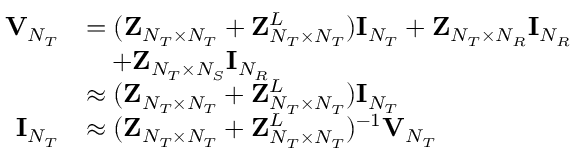
\begin{array} { r l } { { \bf { V } } _ { N _ { T } } } & { = ( { \bf { Z } } _ { N _ { T } \times N _ { T } } + { \bf { Z } } _ { N _ { T } \times N _ { T } } ^ { L } ) { \bf { I } } _ { N _ { T } } + { \bf { Z } } _ { N _ { T } \times N _ { R } } { \bf { I } } _ { N _ { R } } } \\ & { \quad + { \bf { Z } } _ { N _ { T } \times N _ { S } } { \bf { I } } _ { N _ { R } } } \\ & { \approx ( { \bf { Z } } _ { N _ { T } \times N _ { T } } + { \bf { Z } } _ { N _ { T } \times N _ { T } } ^ { L } ) { \bf { I } } _ { N _ { T } } } \\ { { \bf { I } } _ { N _ { T } } } & { \approx ( { \bf { Z } } _ { N _ { T } \times N _ { T } } + { \bf { Z } } _ { N _ { T } \times N _ { T } } ^ { L } ) ^ { - 1 } { \bf { V } } _ { N _ { T } } } \end{array}